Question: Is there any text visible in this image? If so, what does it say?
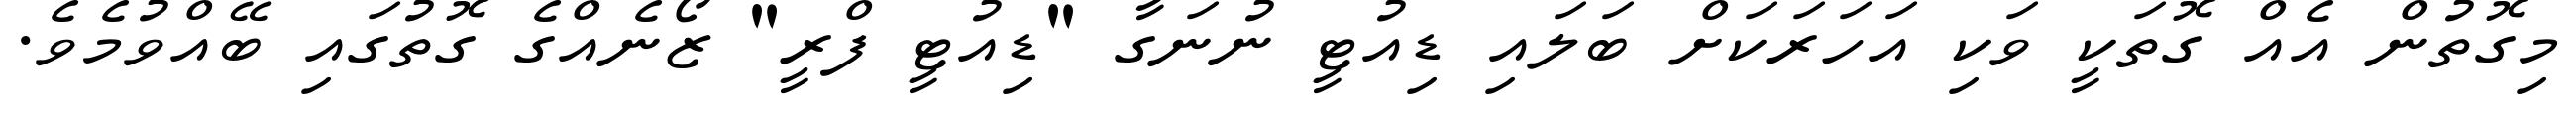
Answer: މިގޮތުން އެއް ގޮތަކީ ވަކި އަހަރަކަށް ބަލައި ޑިއުޓީ ނުނަގާ "ޑިއުޓީ ފްރީ" ޒޯނެއްގެ ގޮތުގައި ބޭއްވުމެވެ.